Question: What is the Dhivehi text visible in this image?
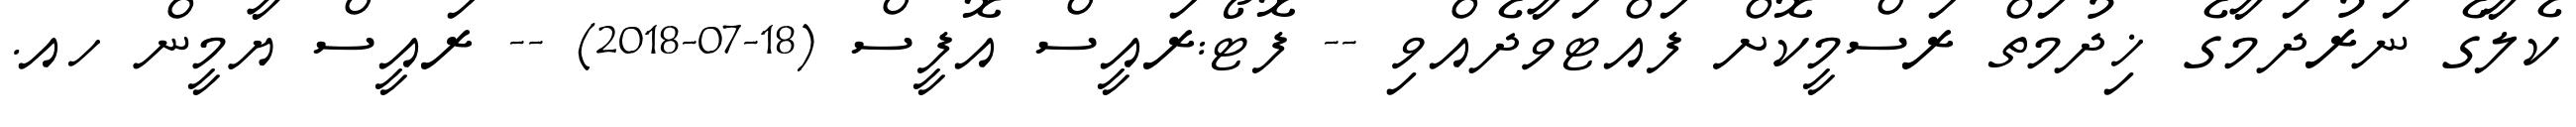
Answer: ކެލާގެ ނަރުދަމާގެ ޚިދުމަތް ރަސްމީކޮށް ފައްޓަވާދެއްވި -- ފޮޓޯ:ރައީސް އޮފީސް (18-07-2018) -- ރައީސް ޔާމީން ހއ.